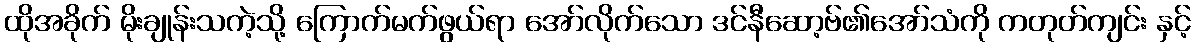
ထိုအခိုက် မိုးချုန်းသကဲ့သို့ ကြောက်မက်ဖွယ်ရာ အော်လိုက်သော ဒင်နီဆော့ဗ်၏အော်သံကို ကတုတ်ကျင်း နှင့်